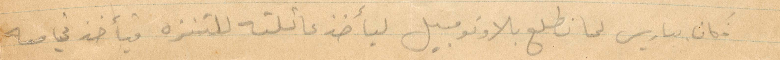
فكان بباريس لما نطلع بالاوتمبيل ليأخذ عائلته للتنزه فيأخذني معه